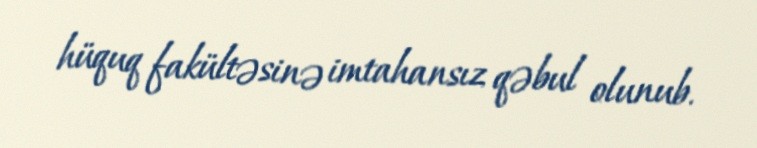
hüquq fakültəsinə imtahansız qəbul olunub.